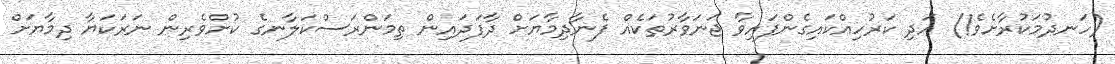
(ހަނދުމަކުރާށެވެ!) އަދި ކަރުހިއްކައިގެންފައިވާ ޖަނަވާރުތަކެއް ފެނާދިމާޔަށް ދާފަދައިން ތިމަންރަސްކަލާނގެ ކުށްވެރިން ނަރަކަޔާ ދިމާޔަށް